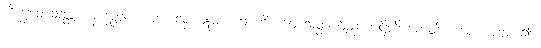
ဘိက္ခဝေ သတ္တာ နာနတ္တကာယာ၊ လ။ ဣမာ ခေါ ဘိက္ခဝေ သတ္တ ဝိညာဏဋ္ဌိတိယောတိ၊ ယော၊ ဟူဟူ၍။